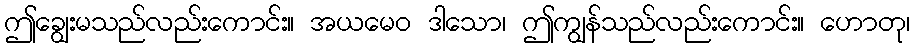
ဤချွေးမသည်လည်းကောင်း။ အယမေဝ ဒါသော၊ ဤကျွန်သည်လည်းကောင်း။ ဟောတု၊